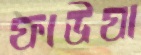
ফাউযা